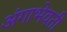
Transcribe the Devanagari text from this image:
अंगाभेवती